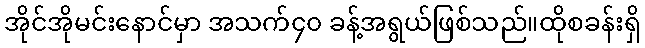
အိုင်အိုမင်းနောင်မှာ အသက်၄၀ ခန့်အရွယ်ဖြစ်သည်။ထိုစခန်းရှိ